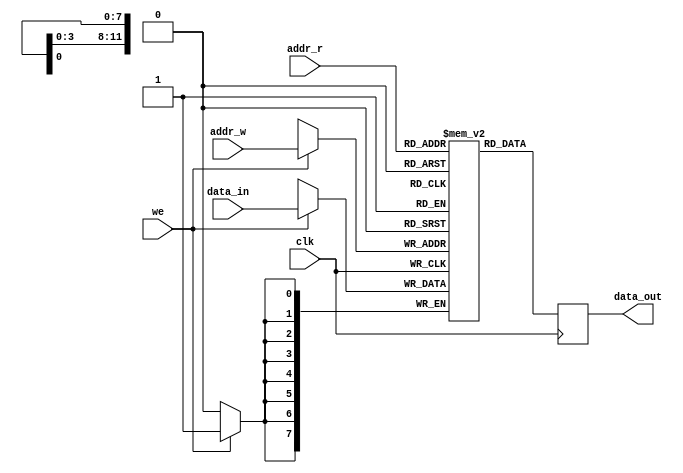
module rw_port_ram
  #(
    parameter DATA_WIDTH=8,
    parameter ADDR_WIDTH=12
    )
  (
   input                         clk,
   input [(ADDR_WIDTH-1):0]      addr_r,
   input [(ADDR_WIDTH-1):0]      addr_w,
   input [(DATA_WIDTH-1):0]      data_in,
   input                         we,
   output reg [(DATA_WIDTH-1):0] data_out
   );

  reg [DATA_WIDTH-1:0]           ram [0:(1 << ADDR_WIDTH)-1];

  always @(posedge clk)
    begin
      data_out <= ram[addr_r];
      if (we)
        begin
          ram[addr_w] <= data_in;
        end
    end

endmodule